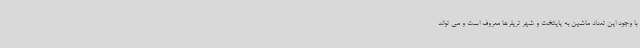
با وجود این تعداد ماشین به پایتخت و شهر تریلرها معروف است و می تواند